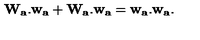
{ \bf W _ { a } . w _ { a } } + { \bf W _ { a } . w _ { a } } = { \bf w _ { a } . w _ { a } } .